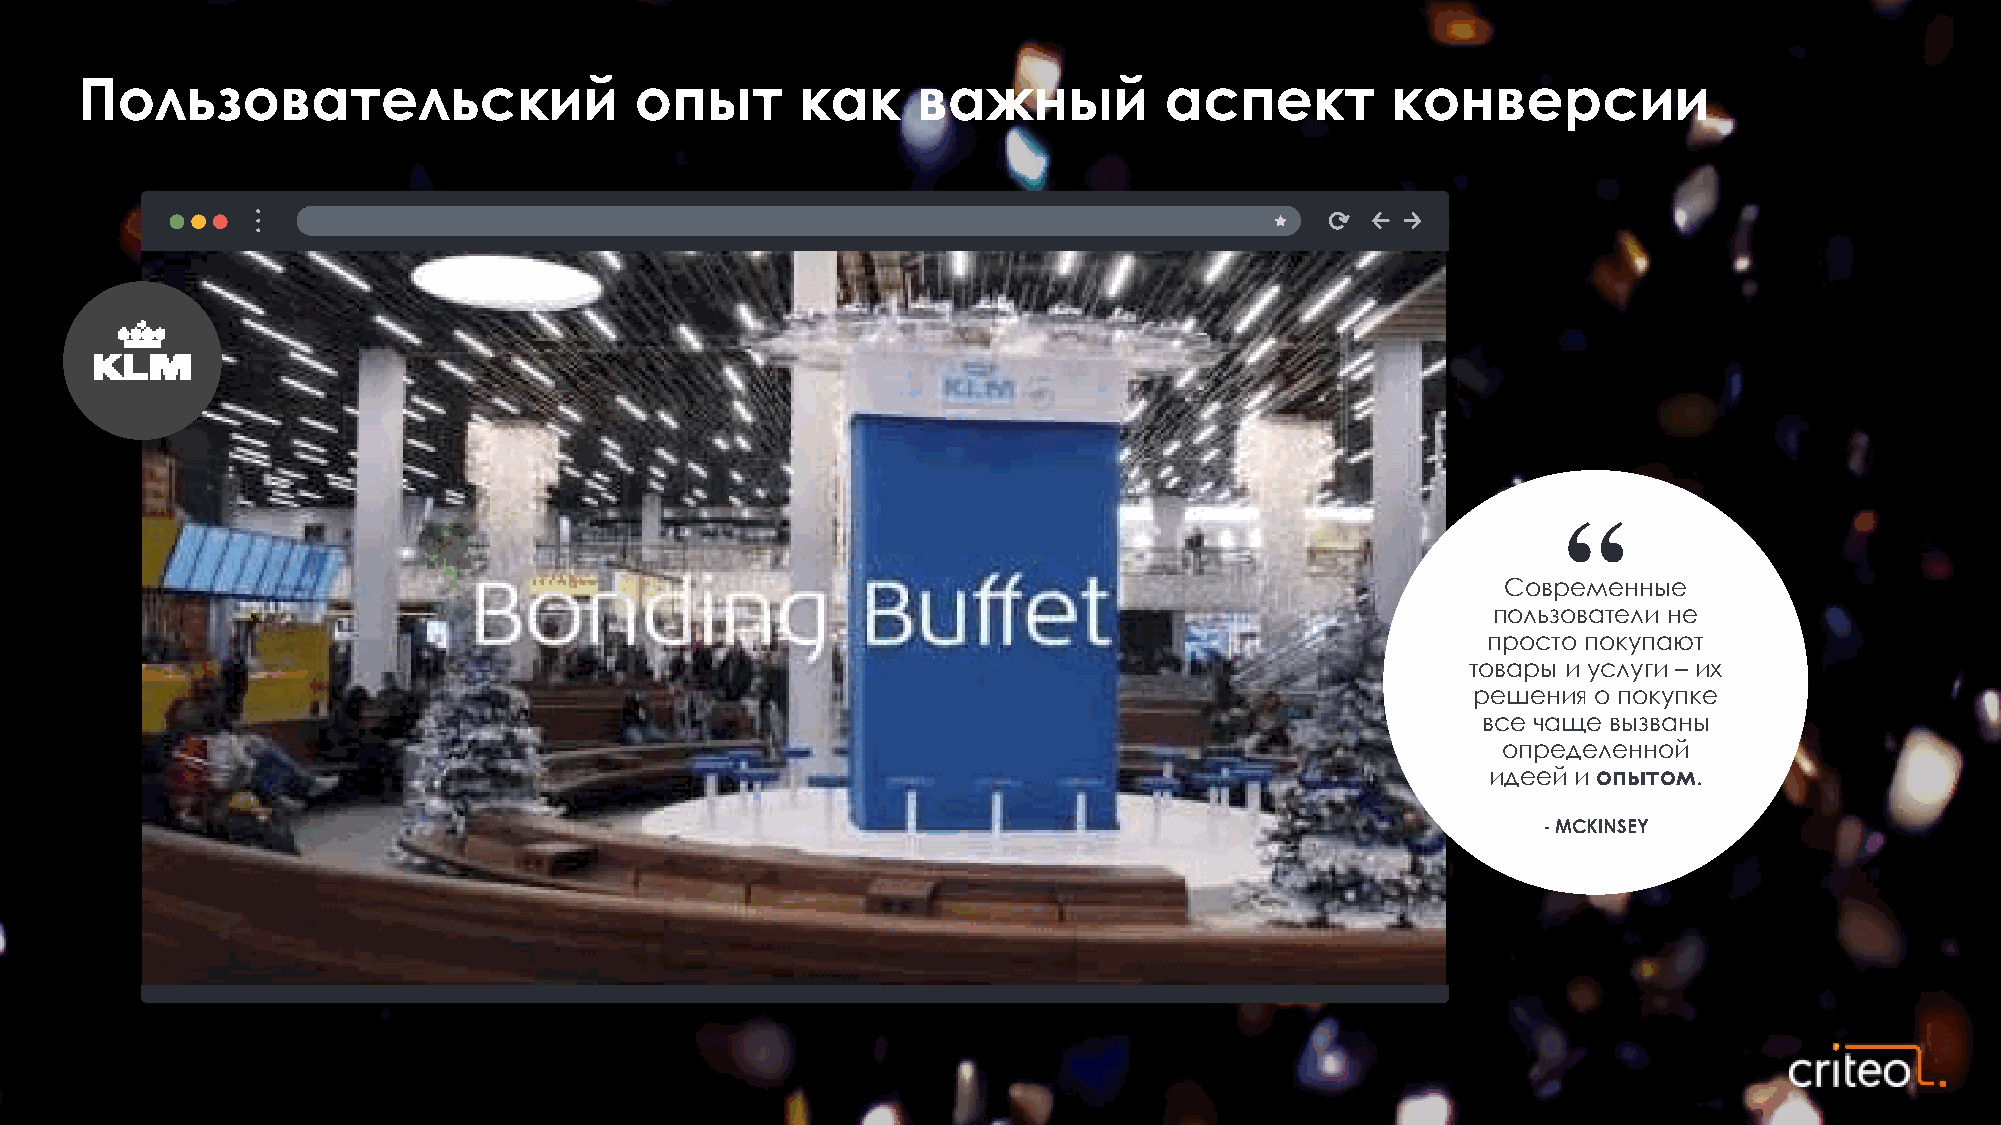
Пользовательский                     опыт       как     важный          аспект         конверсии
 Современные
 пользователи не
 просто покупают
 товары и услуги – их
 решения о покупке
 все чаще вызваны
 определенной
 идеей и опытом.
 -MCKINSEY